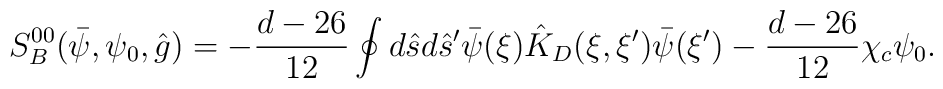
{S_B^{00}}(\bar{\psi},{\psi_0},\hat{g})=-{{d-26}\over{12}}\oint{d}\hat{s}d{\hat{s}'}\bar{\psi}(\xi){\hat{K}_{D}}(\xi,\xi')\bar{\psi}(\xi')-{{d-26}\over{12}}{\chi_c}{\psi_0}.